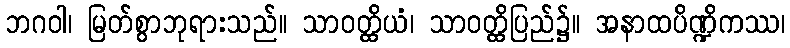
ဘဂဝါ၊ မြတ်စွာဘုရားသည်။ သာဝတ္ထိယံ၊ သာဝတ္ထိပြည်၌။ အနာထပိဏ္ဍိကဿ၊